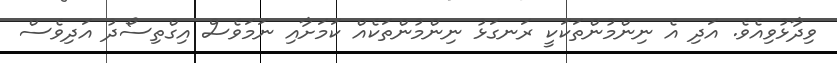
ވިދާޅުވިއެވެ. އަދި އެ ނިންމުންތަކަކީ ރަނގަޅު ނިންމުންތަކެއް ކަމަށާއި ނަމަވެސް އިގްތިސޯދު އަދިވެސް